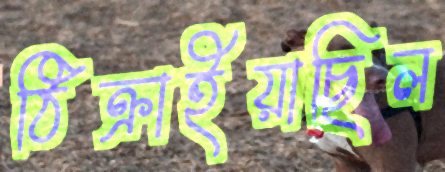
ঠিক্‌রাইয়াছিল